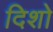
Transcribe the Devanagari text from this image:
दिशो